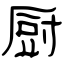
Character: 厨